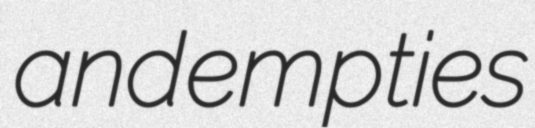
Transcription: and empties